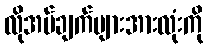
လိုအပ်ချက်များအားလုံးကို